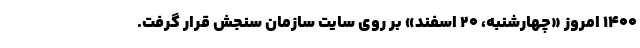
۱۴۰۰ امروز «چهارشنبه، ۲۰ اسفند» بر روی سایت سازمان سنجش قرار گرفت.